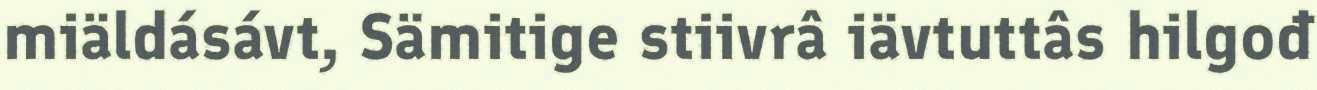
miäldásávt, Sämitige stiivrâ iävtuttâs hilgođ